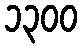
၁၃၀၀